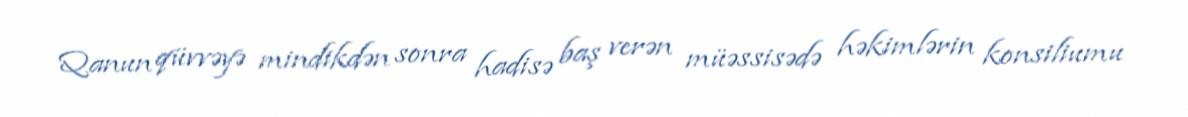
Qanun qüvvəyə mindikdən sonra hadisə baş verən müəssisədə həkimlərin konsiliumu